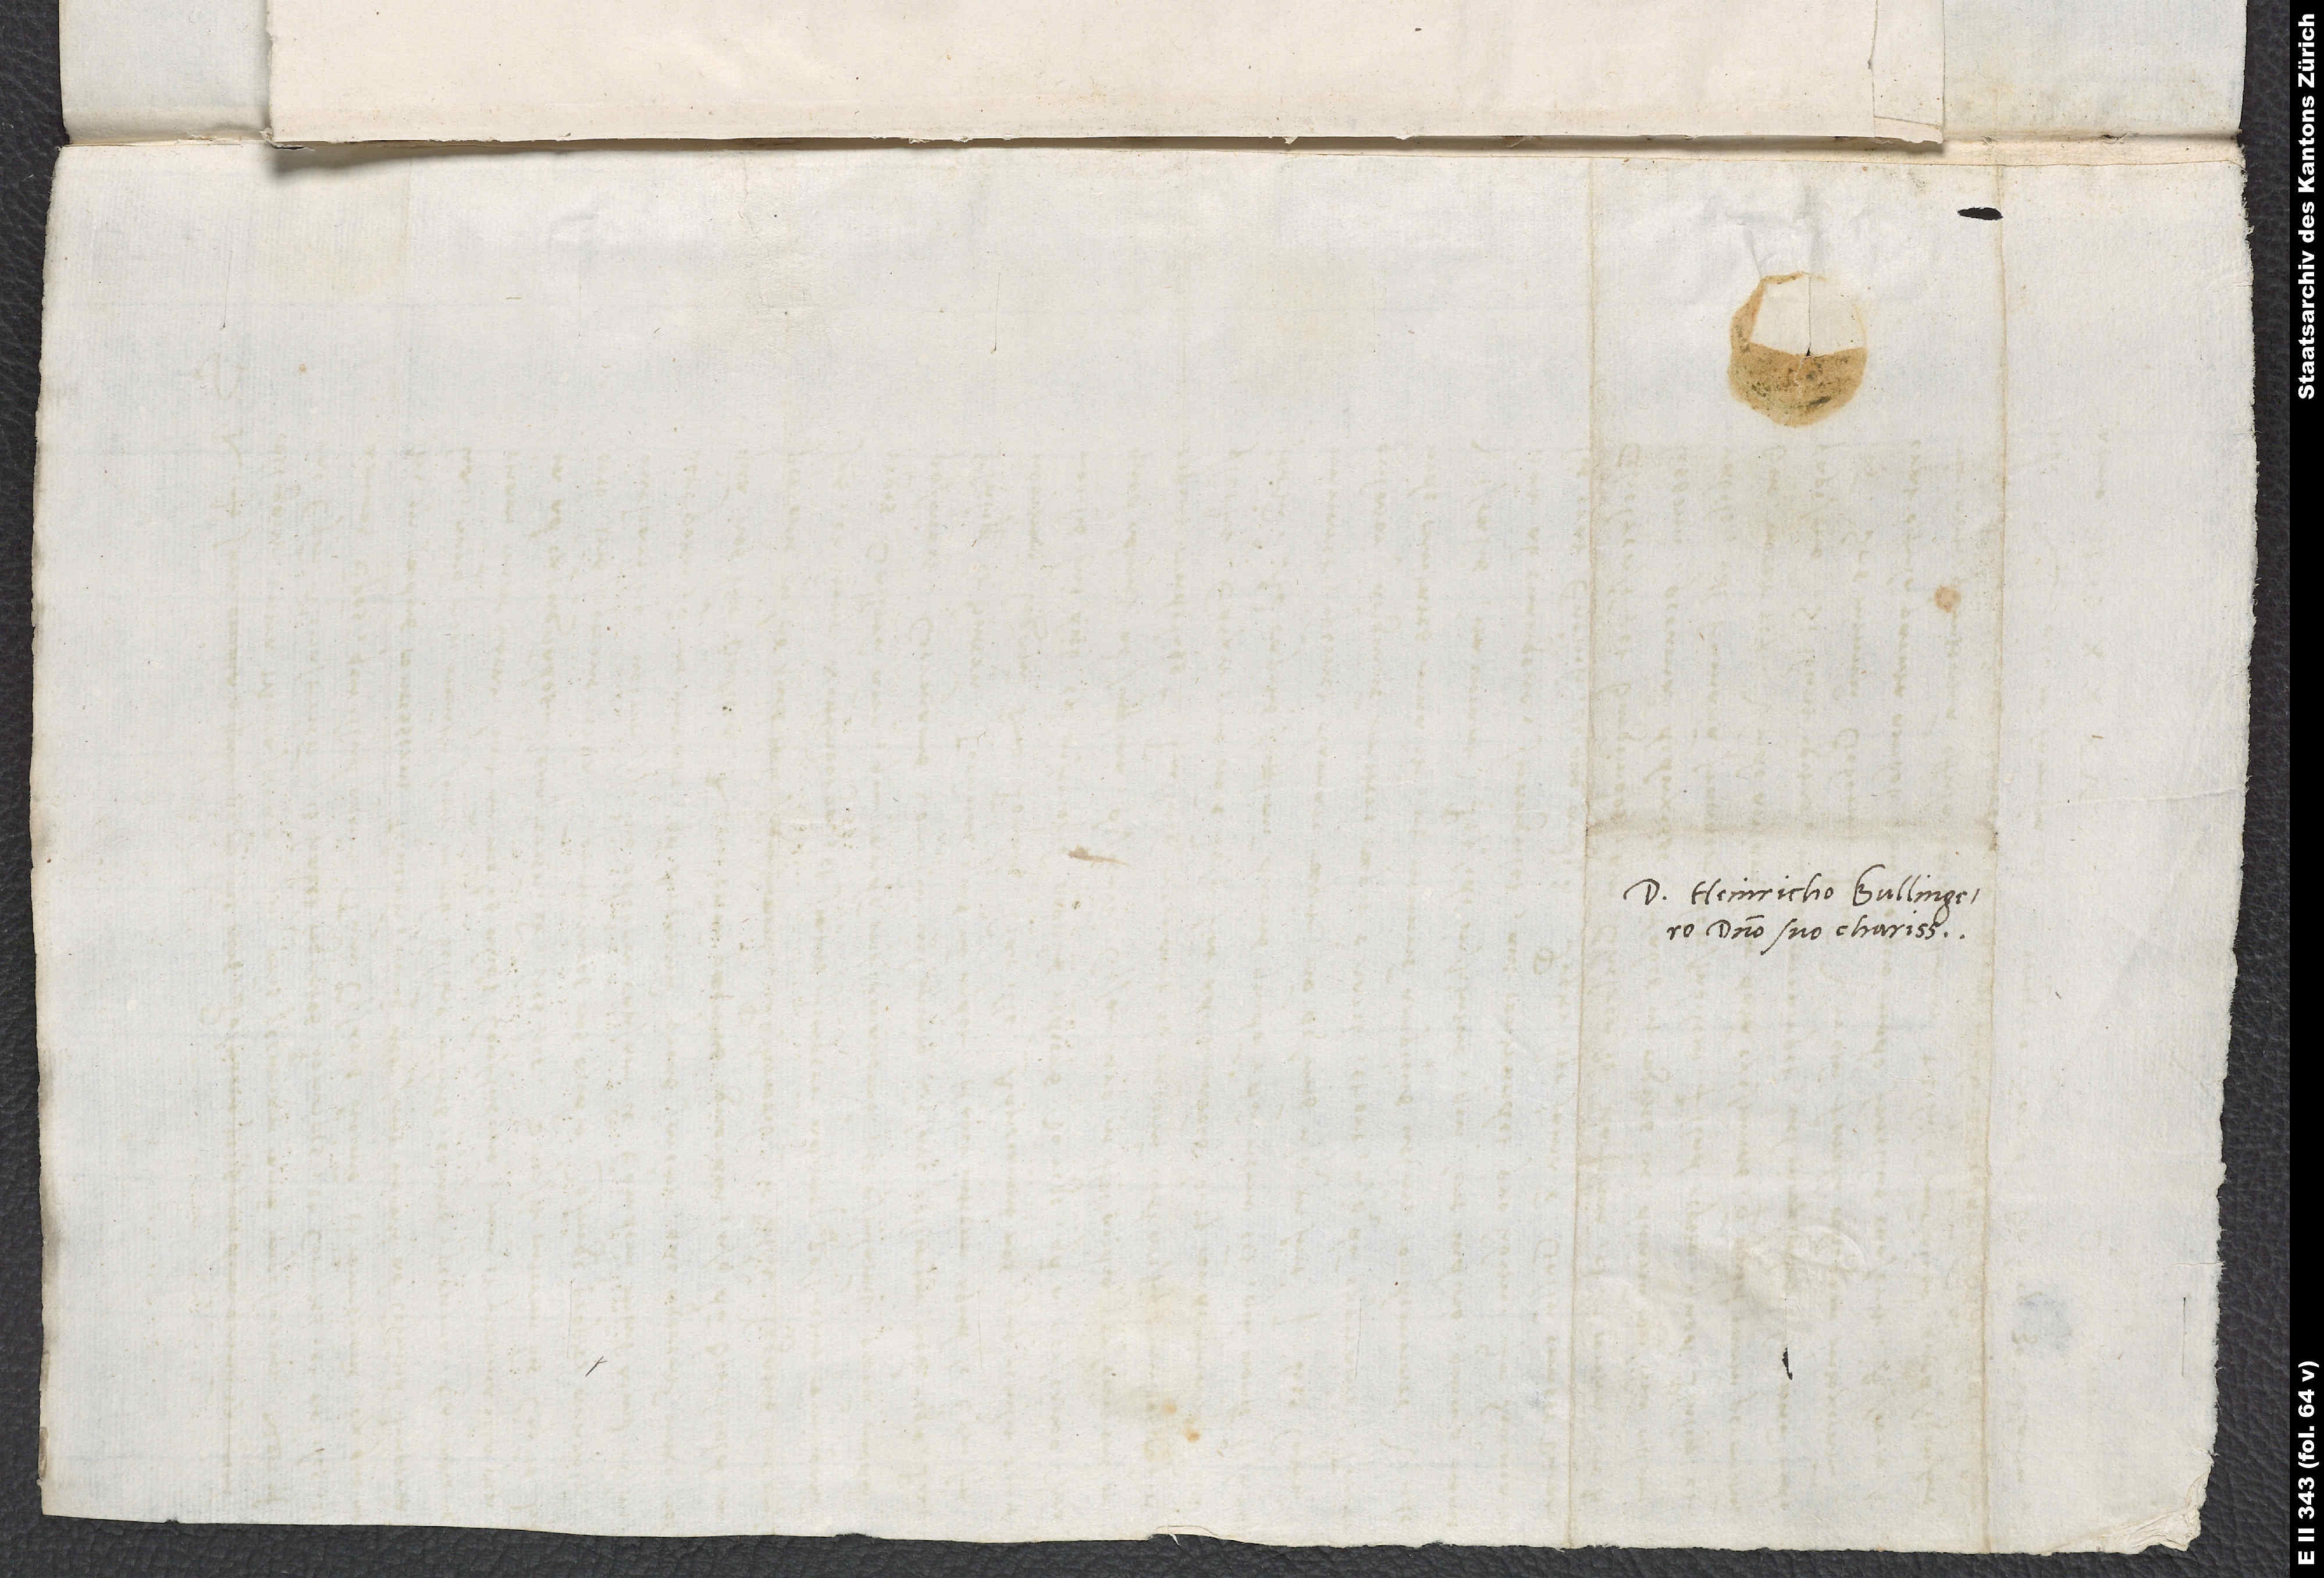
Domino Heinricho Bullingero,
domino suo charissimo.